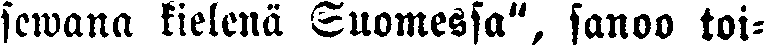
semana kielenä Suomessa", sanoo toi-